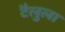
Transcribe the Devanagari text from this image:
टैलुला